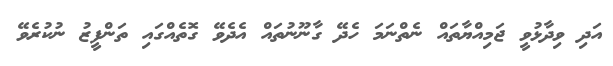
އަދި ވިދާޅުވީ ޖަމިއްޔާތައް ނެތްނަމަ ހެދޭ ގާނޫނުތައް އެދެވޭ ގޮތެއްގައި ތަންފީޒު ނުކުރެވޭ